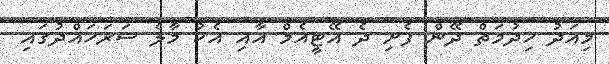
މިއަދު ހިދުމަތް ދޭން ފެށި ދެ އޭޓީއެމް އާއި އެކު މާލެ ސަރަހައްދުގައި